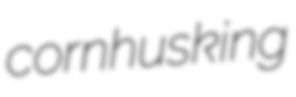
cornhusking